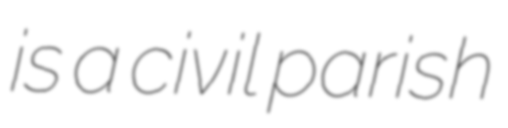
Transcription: is a civil parish